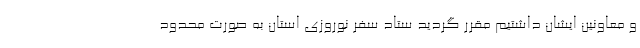
و معاونین ایشان داشتیم مقرر گردید ستاد سفر نوروزی استان به صورت محدود